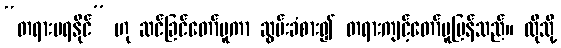
“တရားမရနိုင်” ဟု ဆင်ခြင်တော်မူကာ ဆွမ်းခံစား၍ တရားကျင့်တော်မူပြန်သည်။ ထိုသို့